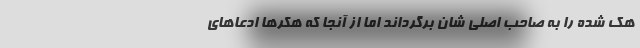
هک شده را به صاحب اصلی شان برگرداند اما از آنجا که هکرها ادعاهای